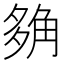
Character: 𧣡